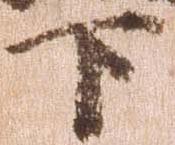
下